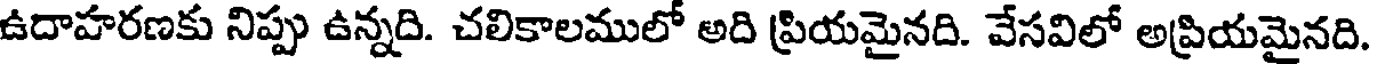
ఉదాహరణకు నిప్పు ఉన్నది. చలికాలములో అది ప్రియమైనది. వేసవిలో అప్రియమైనది.